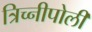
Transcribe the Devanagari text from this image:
त्रिच्नीपोली